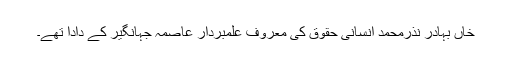
خاں بہادر نذرمحمد انسانی حقوق کی معروف علمبردار عاصمہ جہانگیر کے دادا تھے۔